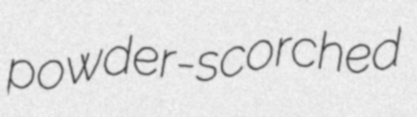
powder-scorched